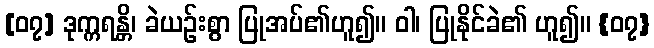
[၀၇] ဒုက္ကရန္တိ၊ ခဲယဉ်းစွာ ပြုအပ်၏ဟူ၍။ ဝါ၊ ပြုနိုင်ခဲ၏ ဟူ၍။ {၀၇}